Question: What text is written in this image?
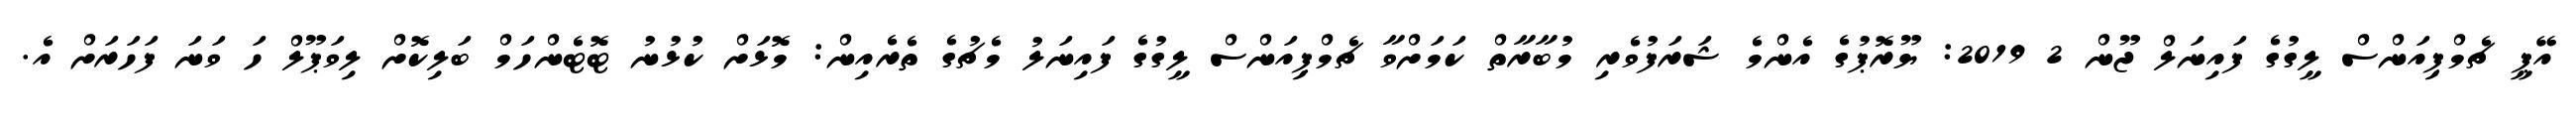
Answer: އޭޕީ ޗެމްޕިއަންސް ލީގުގެ ފައިނަލް ޖޫން 2 2019: ޔޫރޮޕުގެ އެންމެ ޝަރަފުވެރި މުބާރާތް ކަމަށްވާ ޗެމްޕިއަންސް ލީގުގެ ފައިނަލު މެޗުގެ ތެރެއިން: މޮޅަށް ކުޅުނު ޓޮޓެންހަމް ބަލިކޮށް ލިވަޕޫލް ހަ ވަނަ ފަހަރަށް އެ.